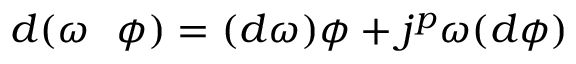
d ( \omega \ \ \phi ) = ( d \omega ) \phi + j ^ { p } \omega ( d \phi )